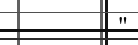
"